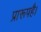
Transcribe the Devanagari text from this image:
प्रारूपहै।